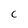
Character: C